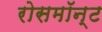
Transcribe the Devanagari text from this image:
रोसमॉन्ट